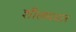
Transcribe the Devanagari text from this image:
शीलधवल